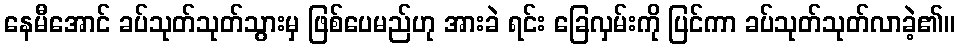
နေမီအောင် ခပ်သုတ်သုတ်သွားမှ ဖြစ်ပေမည်ဟု အားခဲ ရင်း ခြေလှမ်းကို ပြင်ကာ ခပ်သုတ်သုတ်လာခဲ့၏။